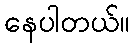
နေပါတယ်။